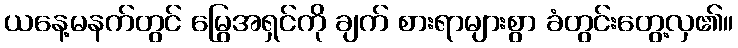
ယနေ့မနက်တွင် မြွေအရှင်ကို ချက် စားရာများစွာ ခံတွင်းတွေ့လှ၏။